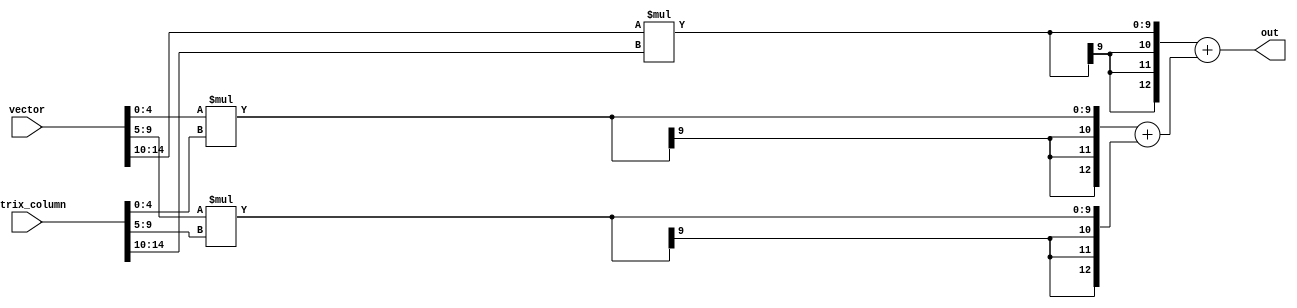
`timescale 1ns / 1ps
//////////////////////////////////////////////////////////////////////////////////
// Company:        ASCS LAB
// 
// Design Name: 
// Module Name:    MVM_element 
// Project Name: 
// Target Devices: 
// Tool versions: 
// Description: 
//
// Dependencies: 
//
// Revision: 
// Revision 0.01 - File Created
// Additional Comments: 
//////////////////////////////////////////////////////////////////////////////////
module MVM_element(vector,matrix_column,out);
	 parameter vector_size = 3;// Vector_size
	 parameter width_element = 5;// Width of each element
	 
	 
	 input [vector_size*width_element-1 : 0] vector,matrix_column;//input vector and column of the matrix(remember the matrix is transposed)
	 output [2*width_element+vector_size-1:0]out;// output of the column and the vector multiplication
	 

	
	 wire [2*width_element + vector_size-1:0] outwire[2*vector_size-2:0];

	 genvar j;
	 generate
	 for( j = 0; j < 2*vector_size -1; j = j + 1)
	 begin : outwire_x
		if (j < vector_size)
			assign outwire[j] = $signed(vector[(j+1)*width_element-1 -: width_element])* 
					    $signed(matrix_column[(j+1'b1)*width_element-1 -: width_element]);
		else
			assign outwire[j] = outwire[2*( j - vector_size)] + outwire[ 1 + 2*( j - vector_size)];
	 end       
	 endgenerate            
	          
	 
	 assign out = outwire[2*vector_size - 2];//putting the output on the output port
	    
         
	      
endmodule